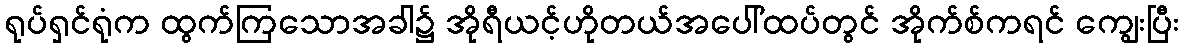
ရုပ်ရှင်ရုံက ထွက်ကြသောအခါ၌ အိုရီယင့်ဟိုတယ်အပေါ်ထပ်တွင် အိုက်စ်ကရင် ကျွေးပြီး